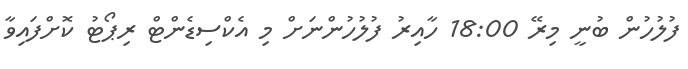
ފުލުހުން ބުނީ މިރޭ 18:00 ހާއިރު ފުލުހުންނަށް މި އެކްސިޑެންޓް ރިޕޯޓު ކޮށްފައިވާ